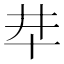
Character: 𠦈